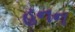
હનન